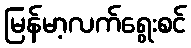
မြန်မာ့လက်ရွေးစင်